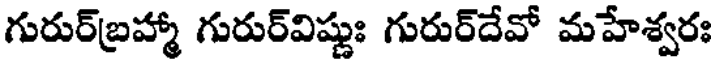
గురుర్బ్రహ్మా గురుర్విష్ణుః గురుర్దేవో మహేశ్వరః